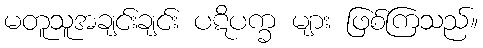
မတူသူအချင်းချင်း ပဋိပက္ခ များ ဖြစ်ကြသည်။